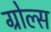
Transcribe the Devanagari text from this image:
ग्रोल्स